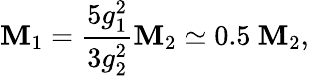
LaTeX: \mathbf{M}_{1}={\frac{{5g_{1}^{2}}}{{3g_{2}^{2}}}}\mathbf{M}_{2}\simeq0.5~\mathbf{M}_{2},